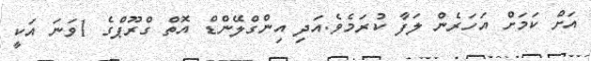
އަށް ކަމަށް އަހަރެން ލަފާ ކުރަމެވެ.އަދި އިންގްލޭންޑް އޮތް ގްރޫޕްގެ 1ވަނަ އަކީ